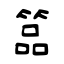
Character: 𥰔